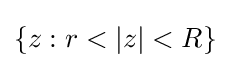
\{z:r<|z|<R\}